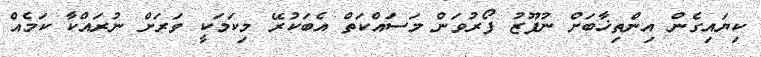
ކިޔައިގެން އިންތިޚާބަށް ނުފޫޒު ފޯރުވަން މަސައްކަތް އެބަކުރޭ މިކަމަކީ ވަރަށް ނުރައްކާ ކަމެއް